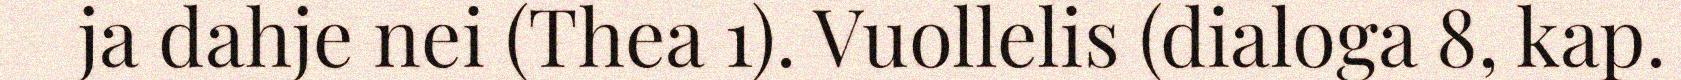
ja dahje nei (Thea 1). Vuollelis (dialoga 8, kap.